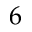
6